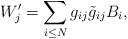
LaTeX: \begin{align*}W_{j}^{\prime}=\sum_{i\le N}g_{ij}\tilde{g}_{ij}B_{i},\end{align*}